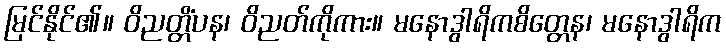
မြင်နိုင်၏။ ဝိညတ္တိံပန၊ ဝိညတ်ကိုကား။ မနောဒွါရိကစိတ္တေန၊ မနောဒွါရိက